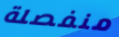
منفصلة